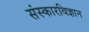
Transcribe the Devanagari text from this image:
संस्कारविज्ञान